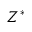
Z ^ { * }